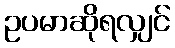
ဥပမာဆိုရလျှင်